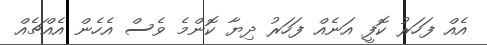
އެއް ފަހަރު ކޮފީ އަނެއް ފަހަރު ދިޔާ ކޮންމެ ވެސް އެހެން އެއްޗެއް